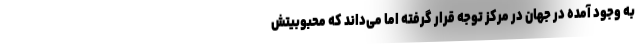
به وجود آمده در جهان در مرکز توجه قرار گرفته اما می‌داند که محبوبیتش